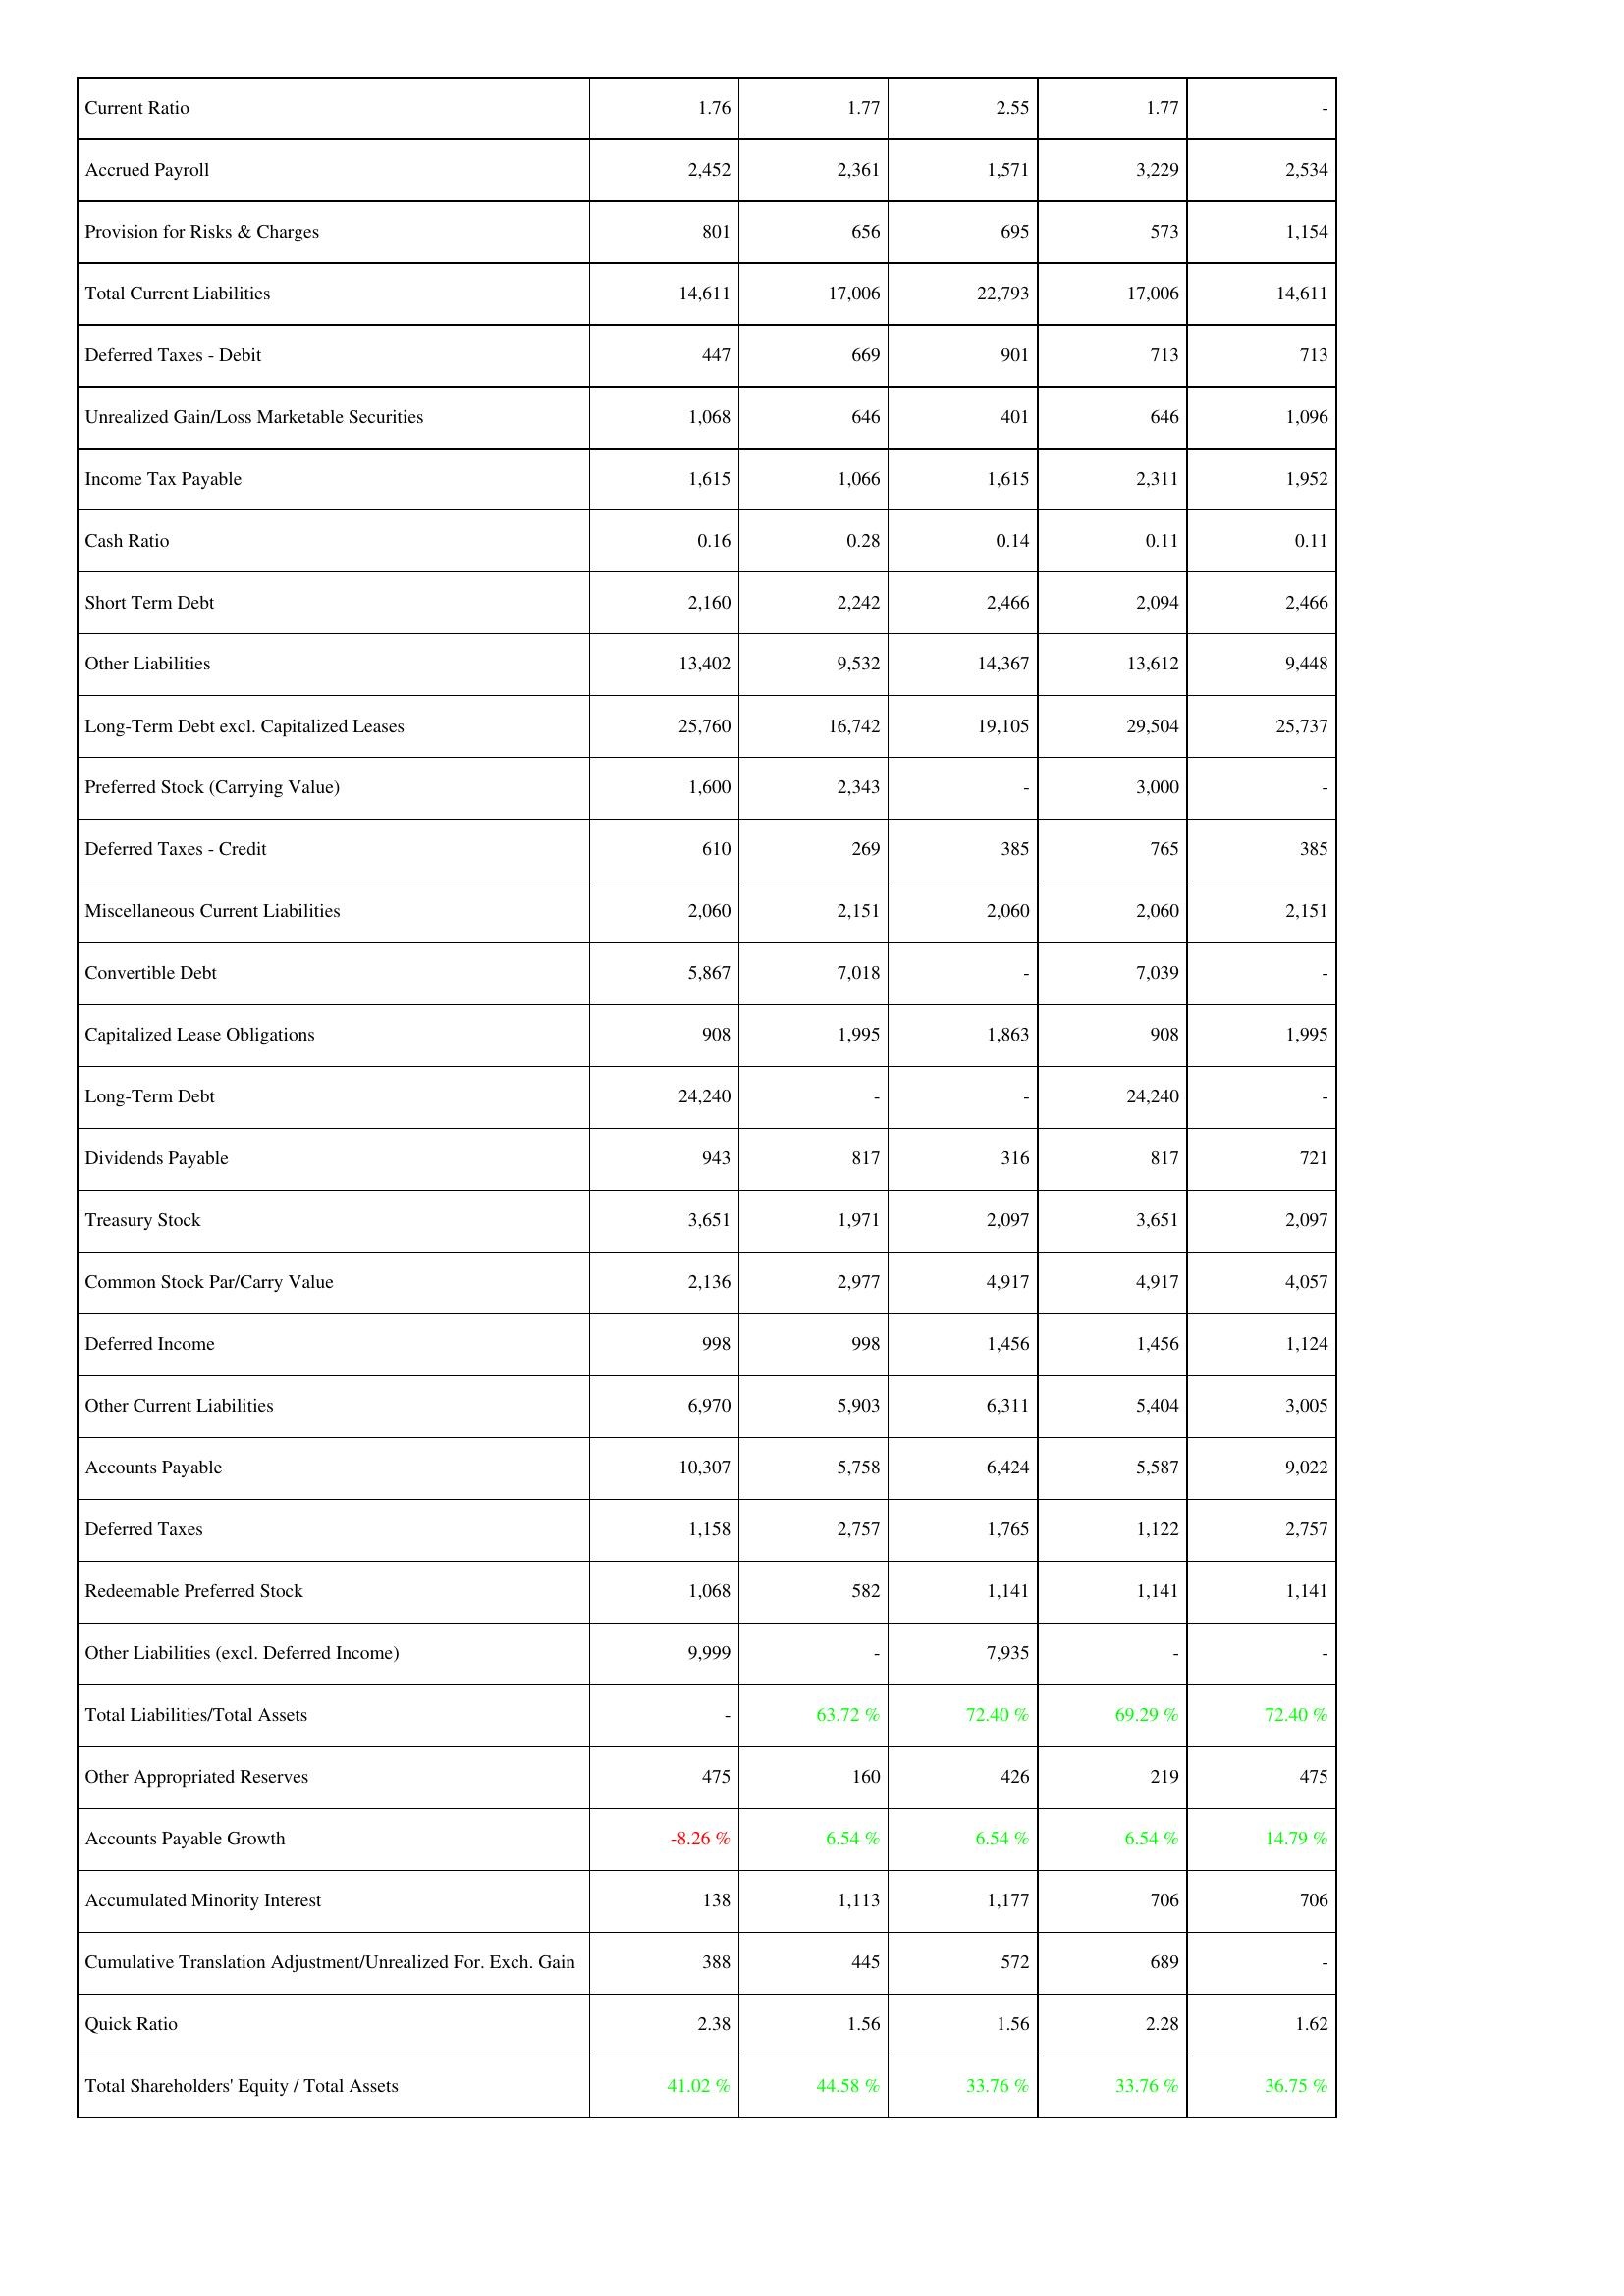
2017: Liabilities & Shareholders' Equity: Current Ratio: 1.76
Accrued Payroll: 2,452
Provision for Risks & Charges: 801
Total Current Liabilities: 14,611
Deferred Taxes - Debit: 447
Unrealized Gain/Loss Marketable Securities: 1,068
Income Tax Payable: 1,615
Cash Ratio: 0.16
Short Term Debt: 2,160
Other Liabilities: 13,402
Long-Term Debt excl. Capitalized Leases: 25,760
Preferred Stock (Carrying Value): 1,600
Deferred Taxes - Credit: 610
Miscellaneous Current Liabilities: 2,060
Convertible Debt: 5,867
Capitalized Lease Obligations: 908
Long-Term Debt: 24,240
Dividends Payable: 943
Treasury Stock: 3,651
Common Stock Par/Carry Value: 2,136
Deferred Income: 998
Other Current Liabilities: 6,970
Accounts Payable: 10,307
Deferred Taxes: 1,158
Redeemable Preferred Stock: 1,068
Other Liabilities (excl. Deferred Income): 9,999
Total Liabilities/Total Assets: -
Other Appropriated Reserves: 475
Accounts Payable Growth: -8.26 %
Accumulated Minority Interest: 138
Cumulative Translation Adjustment/Unrealized For. Exch. Gain: 388
Quick Ratio: 2.38
Total Shareholders' Equity / Total Assets: 41.02 %
2016: Liabilities & Shareholders' Equity: Current Ratio: 1.77
Accrued Payroll: 2,361
Provision for Risks & Charges: 656
Total Current Liabilities: 17,006
Deferred Taxes - Debit: 669
Unrealized Gain/Loss Marketable Securities: 646
Income Tax Payable: 1,066
Cash Ratio: 0.28
Short Term Debt: 2,242
Other Liabilities: 9,532
Long-Term Debt excl. Capitalized Leases: 16,742
Preferred Stock (Carrying Value): 2,343
Deferred Taxes - Credit: 269
Miscellaneous Current Liabilities: 2,151
Convertible Debt: 7,018
Capitalized Lease Obligations: 1,995
Long-Term Debt: -
Dividends Payable: 817
Treasury Stock: 1,971
Common Stock Par/Carry Value: 2,977
Deferred Income: 998
Other Current Liabilities: 5,903
Accounts Payable: 5,758
Deferred Taxes: 2,757
Redeemable Preferred Stock: 582
Other Liabilities (excl. Deferred Income): -
Total Liabilities/Total Assets: 63.72 %
Other Appropriated Reserves: 160
Accounts Payable Growth: 6.54 %
Accumulated Minority Interest: 1,113
Cumulative Translation Adjustment/Unrealized For. Exch. Gain: 445
Quick Ratio: 1.56
Total Shareholders' Equity / Total Assets: 44.58 %
2015: Liabilities & Shareholders' Equity: Current Ratio: 2.55
Accrued Payroll: 1,571
Provision for Risks & Charges: 695
Total Current Liabilities: 22,793
Deferred Taxes - Debit: 901
Unrealized Gain/Loss Marketable Securities: 401
Income Tax Payable: 1,615
Cash Ratio: 0.14
Short Term Debt: 2,466
Other Liabilities: 14,367
Long-Term Debt excl. Capitalized Leases: 19,105
Preferred Stock (Carrying Value): -
Deferred Taxes - Credit: 385
Miscellaneous Current Liabilities: 2,060
Convertible Debt: -
Capitalized Lease Obligations: 1,863
Long-Term Debt: -
Dividends Payable: 316
Treasury Stock: 2,097
Common Stock Par/Carry Value: 4,917
Deferred Income: 1,456
Other Current Liabilities: 6,311
Accounts Payable: 6,424
Deferred Taxes: 1,765
Redeemable Preferred Stock: 1,141
Other Liabilities (excl. Deferred Income): 7,935
Total Liabilities/Total Assets: 72.40 %
Other Appropriated Reserves: 426
Accounts Payable Growth: 6.54 %
Accumulated Minority Interest: 1,177
Cumulative Translation Adjustment/Unrealized For. Exch. Gain: 572
Quick Ratio: 1.56
Total Shareholders' Equity / Total Assets: 33.76 %
2014: Liabilities & Shareholders' Equity: Current Ratio: 1.77
Accrued Payroll: 3,229
Provision for Risks & Charges: 573
Total Current Liabilities: 17,006
Deferred Taxes - Debit: 713
Unrealized Gain/Loss Marketable Securities: 646
Income Tax Payable: 2,311
Cash Ratio: 0.11
Short Term Debt: 2,094
Other Liabilities: 13,612
Long-Term Debt excl. Capitalized Leases: 29,504
Preferred Stock (Carrying Value): 3,000
Deferred Taxes - Credit: 765
Miscellaneous Current Liabilities: 2,060
Convertible Debt: 7,039
Capitalized Lease Obligations: 908
Long-Term Debt: 24,240
Dividends Payable: 817
Treasury Stock: 3,651
Common Stock Par/Carry Value: 4,917
Deferred Income: 1,456
Other Current Liabilities: 5,404
Accounts Payable: 5,587
Deferred Taxes: 1,122
Redeemable Preferred Stock: 1,141
Other Liabilities (excl. Deferred Income): -
Total Liabilities/Total Assets: 69.29 %
Other Appropriated Reserves: 219
Accounts Payable Growth: 6.54 %
Accumulated Minority Interest: 706
Cumulative Translation Adjustment/Unrealized For. Exch. Gain: 689
Quick Ratio: 2.28
Total Shareholders' Equity / Total Assets: 33.76 %
2013: Liabilities & Shareholders' Equity: Current Ratio: -
Accrued Payroll: 2,534
Provision for Risks & Charges: 1,154
Total Current Liabilities: 14,611
Deferred Taxes - Debit: 713
Unrealized Gain/Loss Marketable Securities: 1,096
Income Tax Payable: 1,952
Cash Ratio: 0.11
Short Term Debt: 2,466
Other Liabilities: 9,448
Long-Term Debt excl. Capitalized Leases: 25,737
Preferred Stock (Carrying Value): -
Deferred Taxes - Credit: 385
Miscellaneous Current Liabilities: 2,151
Convertible Debt: -
Capitalized Lease Obligations: 1,995
Long-Term Debt: -
Dividends Payable: 721
Treasury Stock: 2,097
Common Stock Par/Carry Value: 4,057
Deferred Income: 1,124
Other Current Liabilities: 3,005
Accounts Payable: 9,022
Deferred Taxes: 2,757
Redeemable Preferred Stock: 1,141
Other Liabilities (excl. Deferred Income): -
Total Liabilities/Total Assets: 72.40 %
Other Appropriated Reserves: 475
Accounts Payable Growth: 14.79 %
Accumulated Minority Interest: 706
Cumulative Translation Adjustment/Unrealized For. Exch. Gain: -
Quick Ratio: 1.62
Total Shareholders' Equity / Total Assets: 36.75 %